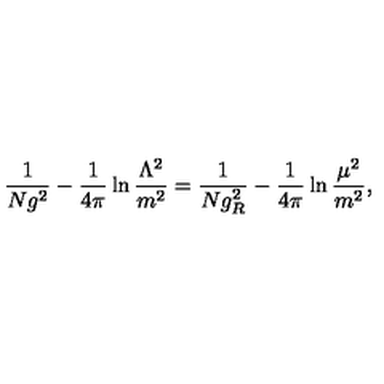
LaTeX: \frac { 1 } { N g ^ { 2 } } - \frac { 1 } { 4 \pi } \ln \frac { \Lambda ^ { 2 } } { m ^ { 2 } } = \frac { 1 } { N g _ { R } ^ { 2 } } - \frac { 1 } { 4 \pi } \ln \frac { \mu ^ { 2 } } { m ^ { 2 } } ,